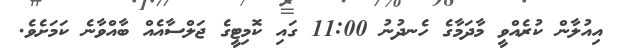
އިއުލާން ކުރެއްވީ މާދަމާގެ ހެނދުނު 11:00 ގައި ކޮމިޓީގެ ޖަލްސާއެއް ބާއްވާނެ ކަމަށެވެ.